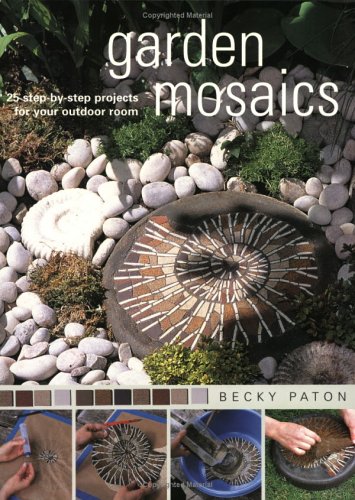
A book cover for Garden Mosaics; Becky Paton; Crafts, Hobbies & Home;